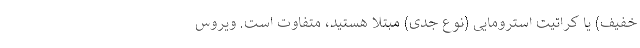
خفیف) یا کراتیت استرومایی (نوع جدی) مبتلا هستید، متفاوت است. ویروس